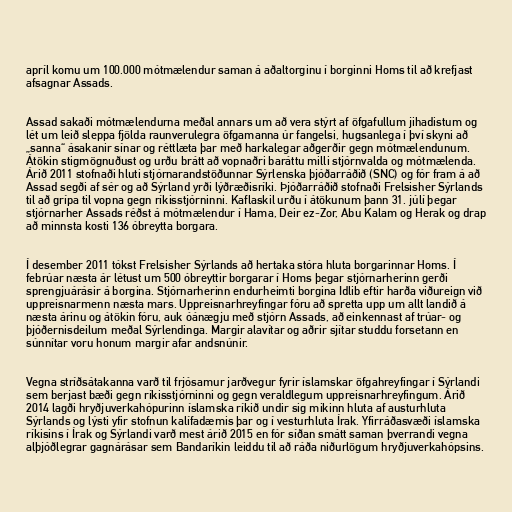
apríl komu um 100.000 mótmælendur saman á aðaltorginu í borginni Homs til að krefjast
afsagnar Assads.

Assad sakaði mótmælendurna meðal annars um að vera stýrt af öfgafullum jihadistum og
lét um leið sleppa fjölda raunverulegra öfgamanna úr fangelsi, hugsanlega í því skyni að
„sanna“ ásakanir sínar og réttlæta þar með harkalegar aðgerðir gegn mótmælendunum.
Átökin stigmögnuðust og urðu brátt að vopnaðri baráttu milli stjórnvalda og mótmælenda.
Árið 2011 stofnaði hluti stjórnarandstöðunnar Sýrlenska þjóðarráðið (SNC) og fór fram á að
Assad segði af sér og að Sýrland yrði lýðræðisríki. Þjóðarráðið stofnaði Frelsisher Sýrlands
til að grípa til vopna gegn ríkisstjórninni. Kaflaskil urðu í átökunum þann 31. júlí þegar
stjórnarher Assads réðst á mótmælendur í Hama, Deir ez-Zor, Abu Kalam og Herak og drap
að minnsta kosti 136 óbreytta borgara.

Í desember 2011 tókst Frelsisher Sýrlands að hertaka stóra hluta borgarinnar Homs. Í
febrúar næsta ár létust um 500 óbreyttir borgarar í Homs þegar stjórnarherinn gerði
sprengjuárásir á borgina. Stjórnarherinn endurheimti borgina Idlib eftir harða viðureign við
uppreisnarmenn næsta mars. Uppreisnarhreyfingar fóru að spretta upp um allt landið á
næsta árinu og átökin fóru, auk óánægju með stjórn Assads, að einkennast af trúar- og
þjóðernisdeilum meðal Sýrlendinga. Margir alavítar og aðrir sjítar studdu forsetann en
súnnítar voru honum margir afar andsnúnir.

Vegna stríðsátakanna varð til frjósamur jarðvegur fyrir íslamskar öfgahreyfingar í Sýrlandi
sem berjast bæði gegn ríkisstjórninni og gegn veraldlegum uppreisnarhreyfingum. Árið
2014 lagði hryðjuverkahópurinn íslamska ríkið undir sig mikinn hluta af austurhluta
Sýrlands og lýsti yfir stofnun kalífadæmis þar og í vesturhluta Írak. Yfirráðasvæði íslamska
ríkisins í Írak og Sýrlandi varð mest árið 2015 en fór síðan smátt saman þverrandi vegna
alþjóðlegrar gagnárásar sem Bandaríkin leiddu til að ráða niðurlögum hryðjuverkahópsins.